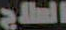
السلاح